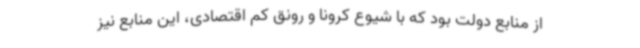
از منابع دولت بود که با شیوع کرونا و رونق کم اقتصادی، این منابع نیز